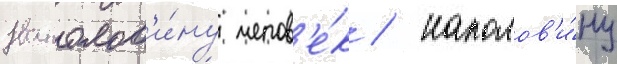
Наполов'и́ну челов'е́к / наполов'и́ну